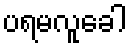
ပရမလူခေါ